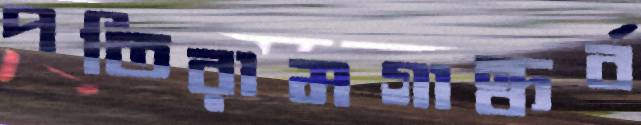
পতিরামগান্ধর্ব